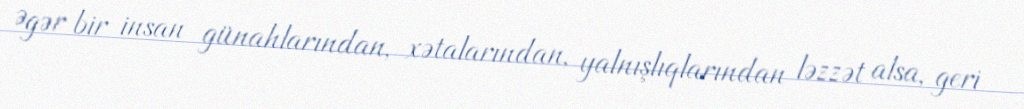
Əgər bir insan günahlarından, xətalarından, yalnışlıqlarından ləzzət alsa, geri